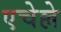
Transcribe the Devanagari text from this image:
एचेल्ले